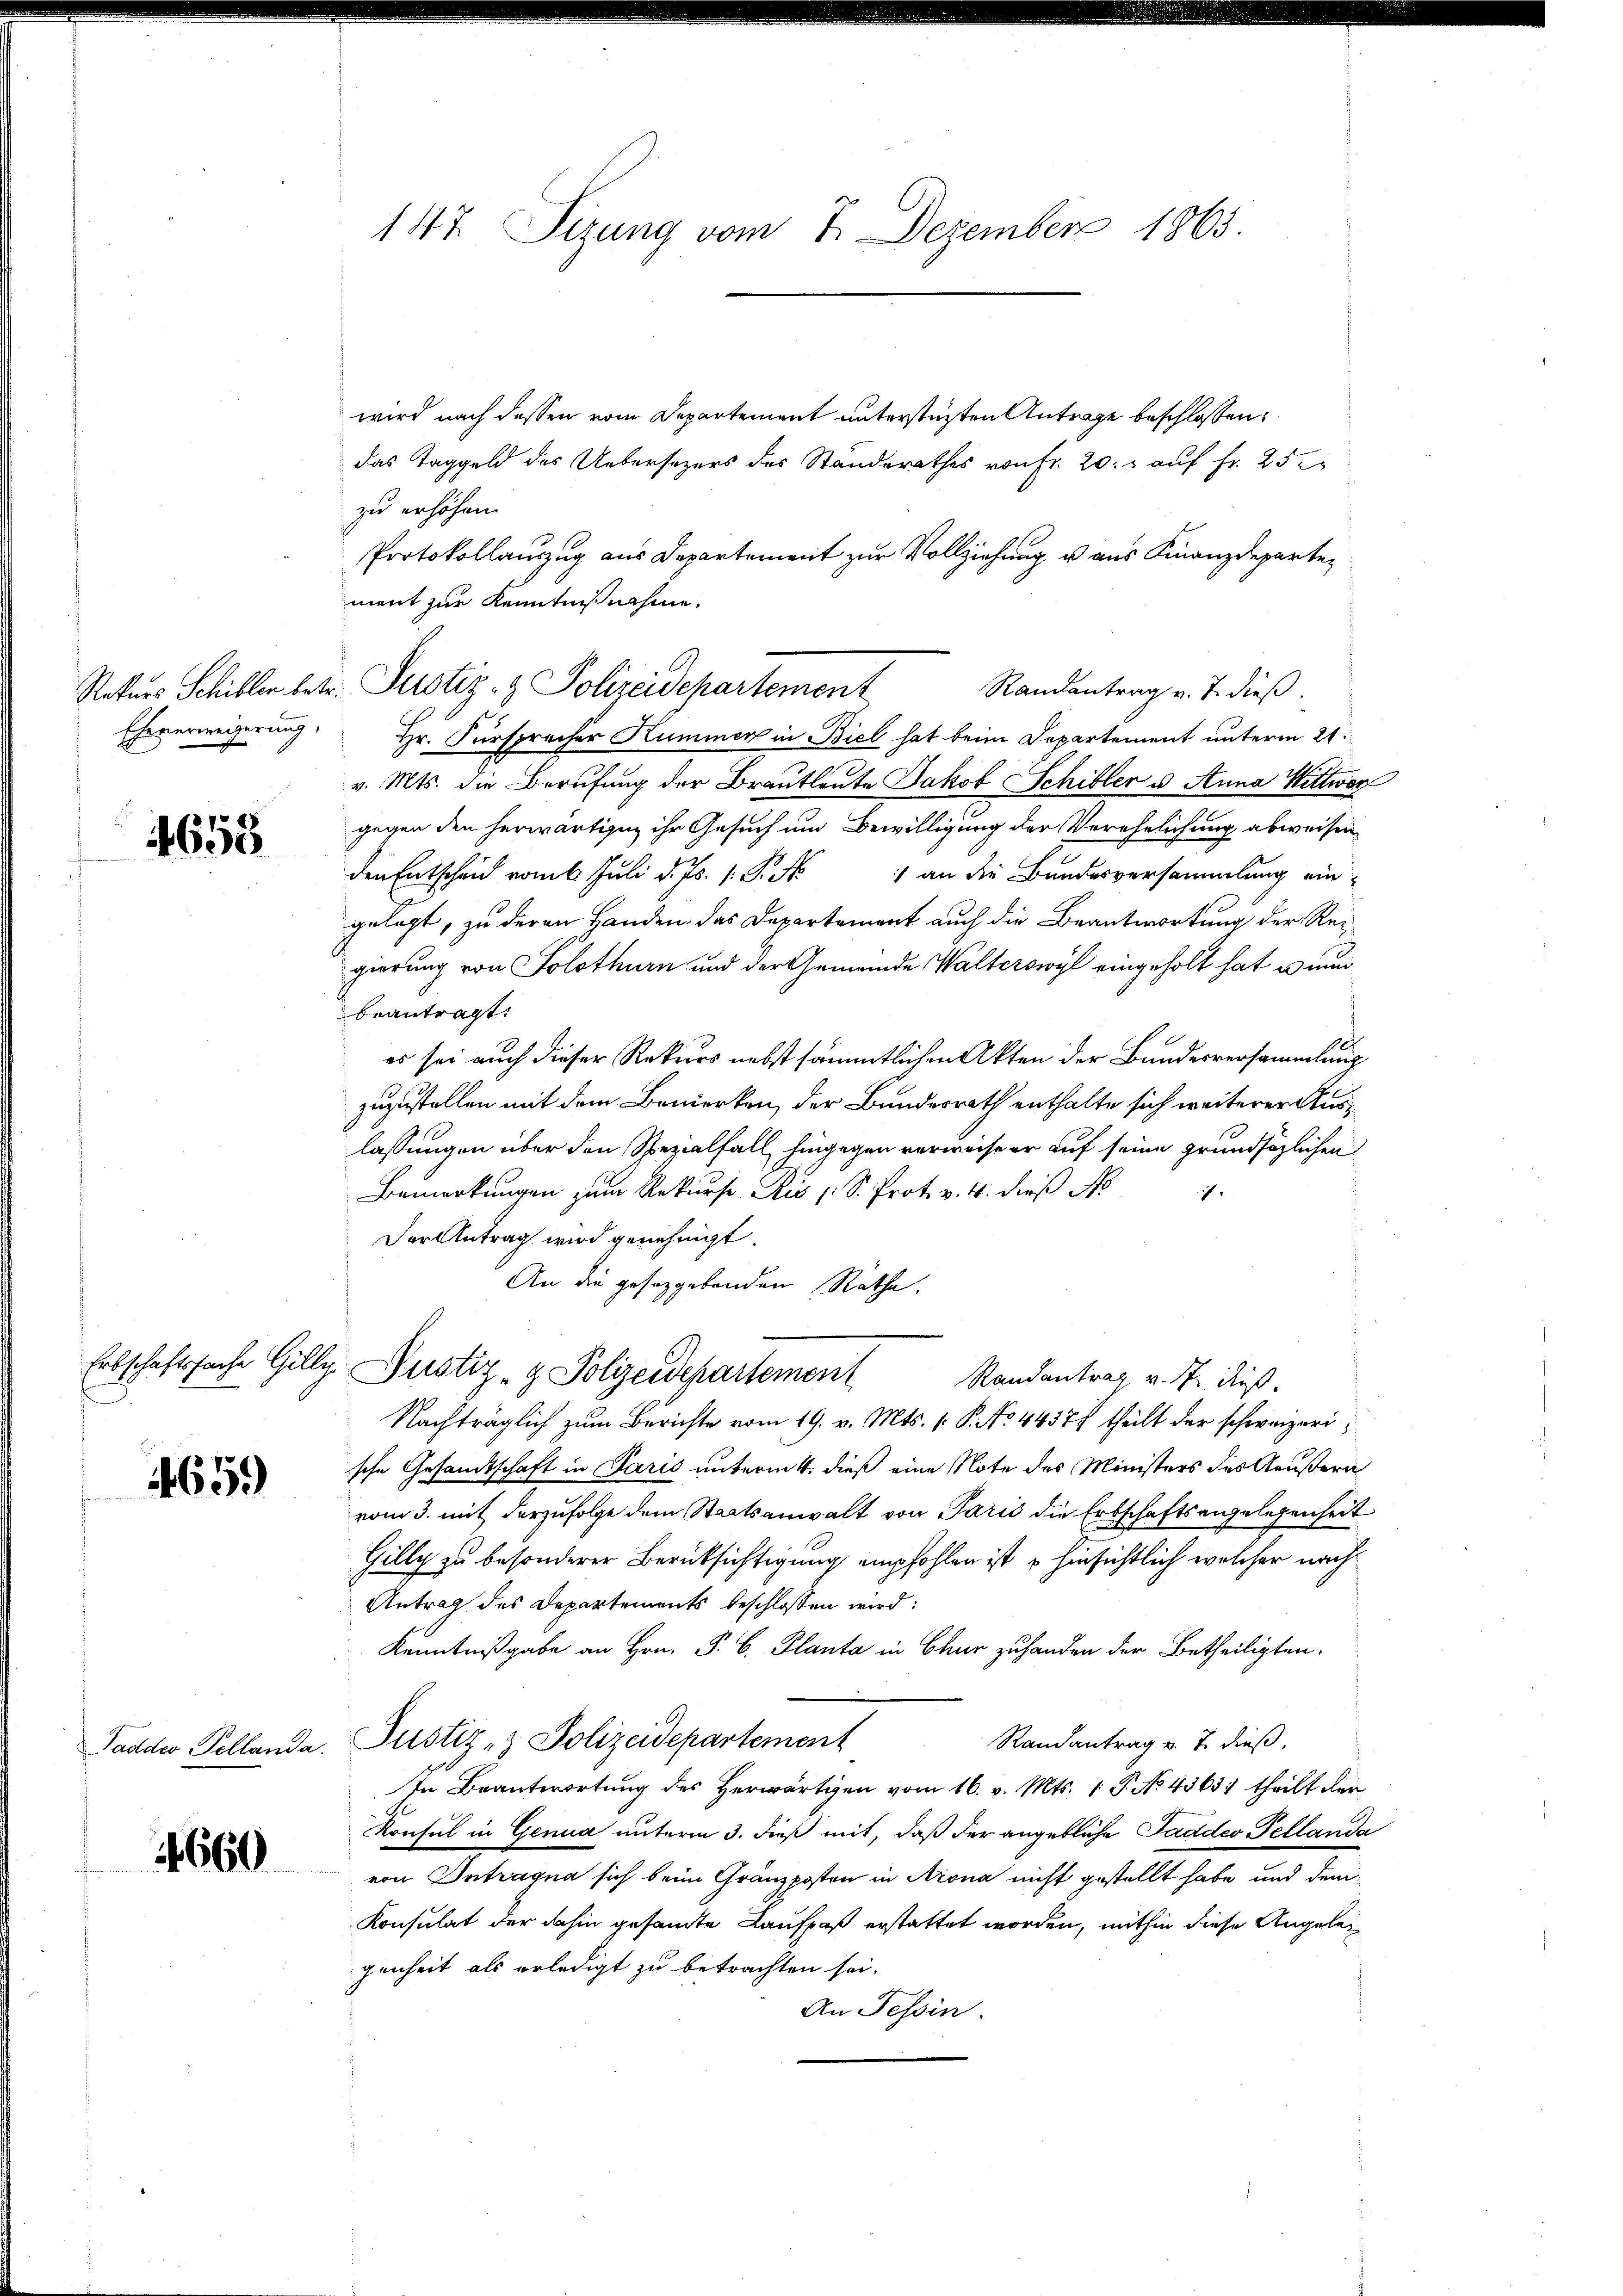
658

659)

660

147. Sitzung vom 7. Dezember 1865.

wird nach dessen vom Departement unterstüzten Antrage beschlossen:
das Taggeld des Uebersezers des Standerathes von fr. 20. r auf Fr. 25.
zu erhöhen.
Protokollauszug aus Departement zur Vollziehung u aus Finanzdepartement zur Kenntnißnahme.
Randantrag v. J. dieß.
Eheverweigerung Hr. Fürsprecher Kummer in Biel hat beim Departement unterm 21.
v. Mts. die Berufung der Brautleute Jakob Schibler u. Anna Wittwer
gegen den herwärtigen ihr Gesuch um Bewilligung der Verehelichung abweisen
den Entscheid vom 6. Juli d. Js. 1. P. Nr.
1 an die Bundesversammlung ein
gelegt, zu deren Handen das Departement auch die Beantwortung der Regierung von Solothurn und der Gemeinde Walterswyl eingeholt hat u. nun
beantragt:
es sei auch dieser Rekurs nebst sämmtlichen Akten der Bundesversammlung
zuzustellen mit dem Bemerken, der Bundesrath enthalte sich weiterer Auslassungen über den Spezialfall hingegen verweise er auf seine grundsätzlichen
Bemerkungen zum Rekurse Ais (S. Prot. v. 4. dieß No
i
Der Antrag wird genehmigt.
An die gesetzgebenden Rathe.
Erbschaftssache Gilly, Justiz- & Polizeidepartement
Randantrag v. J. dieß.
Nachträglich zum Berichte vom 19. v. Mts. 1. P. No. 44377 theilt der schweizerische Gesandtschaft in Paris unterm 4. dieß eine Note des Ministers des Aeußern
vom 3. mit derzufolge dem Staatsanwalt von Paris die Erbschaftsangelegenheit
Gilly zu besonderer Berücksichtigung empfohlen ist, u hinsichtlich welcher nach
Antrag des Departements beschlossen wird:
Kenntnißgabe an Hrn. P. C. Planta in Chur zu handen der Betheiligten.
Randantrag v. 7. dieß,
Tadder Pellanda. Justiz- & Polizeidepartement
In Beantwortung des Herwärtigen vom 16. v. Mts. 1 P. No 43631 theilt den
Konsul in Genua unterm 3. dieß mit, daß der angebliche Paddes Tellanda
von Intragna sich beim Gränzposten in Arona nicht gestellt habe und dem
Konsulat der dahin gesamte Kaufpaß erstattet worden, mithin diese Angeleigenheit als erledigt zu betrachten sei.
An Tessin.

Rekurs Schiller betr. Justiz- & Polizeidepartement